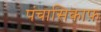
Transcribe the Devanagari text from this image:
पंचासिकाफ़